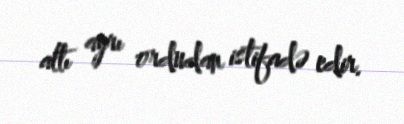
altı ayrı ordudan istifadə edir.